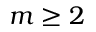
m \geq 2